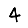
Digit: 4